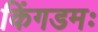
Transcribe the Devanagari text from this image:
किंगडमः